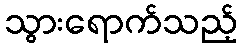
သွားရောက်သည့်